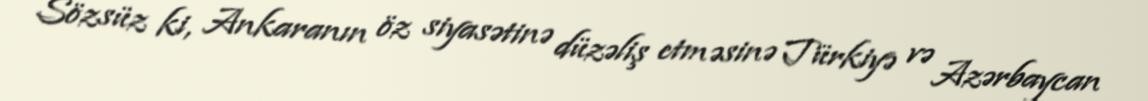
Sözsüz ki, Ankaranın öz siyasətinə düzəliş etməsinə Türkiyə və Azərbaycan